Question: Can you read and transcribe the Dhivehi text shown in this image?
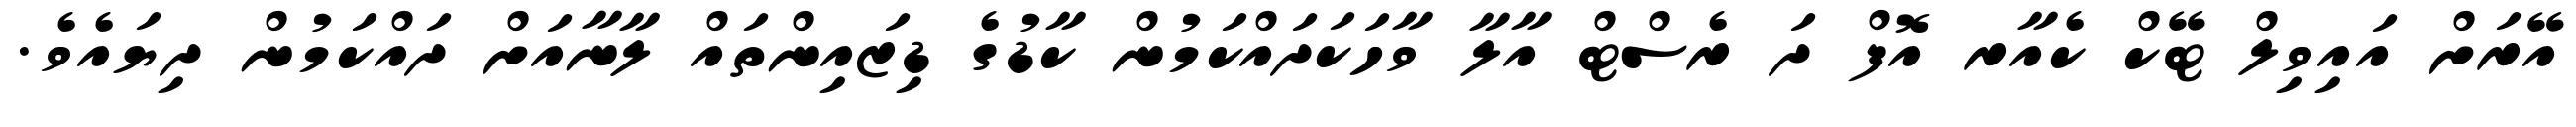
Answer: އޭރަށް އައިވިލް ޓޭކް ކެއާރ އޮފް ދަ ރެސްޓް އާލާ ވާހަކަދައްކަމުން ކާޑުގެ ޑިޒައިންތައް ލާނާއަށް ދައްކަމުން ދިޔައެވެ.